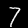
Label: 7